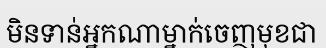
មិនទាន់អ្នកណាម្នាក់ចេញមុខជា